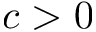
c > 0